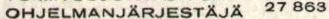
OHJELMANJÄRJESTÄJÄ 27 863